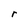
Character: r